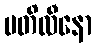
ပတိလီနော